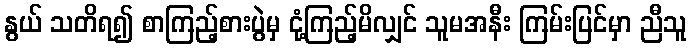
နွယ် သတိရ၍ စာကြည့်စားပွဲမှ ငုံ့ကြည့်မိလျှင် သူမအနီး ကြမ်းပြင်မှာ ညီသူ